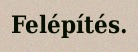
Felépítés.